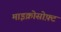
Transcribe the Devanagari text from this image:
माइक्रोसोफ़्ट